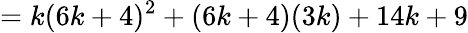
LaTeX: =k(6k+4)^{2}+(6k+4)(3k)+14k+9